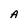
Character: A